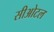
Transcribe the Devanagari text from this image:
सीओटल